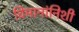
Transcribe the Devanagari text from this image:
विमानांनिशी